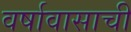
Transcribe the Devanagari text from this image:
वर्षावासाची